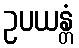
ဥပယန္တံ